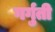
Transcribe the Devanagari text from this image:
गर्गुती